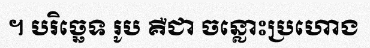
។ បរិច្ឆេទ រូប គឺជា ចន្លោះប្រហោង